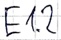
Text: E1.2